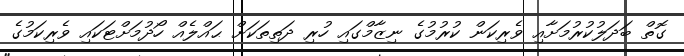
ގޮތް ބަދަލުކުރުމަށާއި ވެރިކަން ކުރުމުގެ ނިޒާމްގައި ހުރި ދަތިތަކަށް ޙައްލެއް ހޯދުމަށްޓަކައި ވެރިކަމުގެ